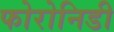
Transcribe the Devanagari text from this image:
फोरोनिडी